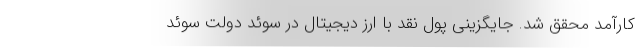
کارآمد محقق شد. جایگزینی پول نقد با ارز دیجیتال در سوئد دولت سوئد